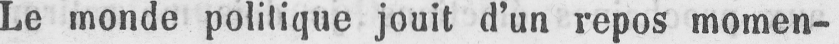
Le monde politique jouit d’un repos momen-